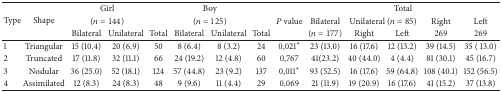
<table><thead><tr><td rowspan="3"><b>Type</b></td><td rowspan="3"><b>Shape</b></td><td colspan="2"><b>Girl</b></td><td><b> </b></td><td colspan="2"><b>Boy</b></td><td><b> </b></td><td><b> </b></td><td colspan="5"><b>Total</b></td></tr><tr><td colspan="2"><b>(<i>n</i> = 144)</b></td><td><b> </b></td><td colspan="2"><b>(<i>n</i> = 125)</b></td><td><b> </b></td><td><b><i>P</i> value</b></td><td><b>Bilateral </b></td><td colspan="2"><b>Unilateral (<i>n</i> = 85)</b></td><td><b> Right </b></td><td><b>Left </b></td></tr><tr><td><b>Bilateral</b></td><td><b>Unilateral</b></td><td><b>Total</b></td><td><b>Bilateral</b></td><td><b>Unilateral</b></td><td><b>Total</b></td><td><b> </b></td><td><b>(<i>n</i> = 177)</b></td><td><b> Right </b></td><td><b>Left </b></td><td><b>269</b></td><td><b>269</b></td></tr></thead><tbody><tr><td>1</td><td>Triangular</td><td>15 (10.4)</td><td>20 (6.9)</td><td>50</td><td>8 (6.4)</td><td>8 (3.2)</td><td>24</td><td>0,021*</td><td>23 (13.0)</td><td>16 (17.6)</td><td>12 (13.2)</td><td>39 (14.5)</td><td>35 (13.0)</td></tr><tr><td>2</td><td>Truncated</td><td>17 (11.8)</td><td>32 (11.1)</td><td>66</td><td>24 (19.2)</td><td>12 (4.8)</td><td>60</td><td>0,767</td><td>41(23.2)</td><td>40 (44.0)</td><td>4 (4.4)</td><td>81 (30.1)</td><td>45 (16.7)</td></tr><tr><td>3</td><td>Nodular</td><td>36 (25.0)</td><td>52 (18.1)</td><td>124</td><td>57 (44.8)</td><td>23 (9.2)</td><td>137</td><td>0,011*</td><td>93 (52.5)</td><td>16 (17.6)</td><td>59 (64.8)</td><td>108 (40.1)</td><td>152 ( 56.5)</td></tr><tr><td>4</td><td>Assimilated</td><td>12 (8.3)</td><td>24 (8.3)</td><td>48</td><td>9 (9.6)</td><td>11 (4.4)</td><td>29</td><td>0,069</td><td>21 (11.9)</td><td>19 (20.9)</td><td>16 (17.6)</td><td>41 (15.2)</td><td>37 (13.8)</td></tr></tbody></table>